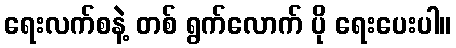
ရေးလက်စနဲ့ တစ် ရွက်လောက် ပို ရေးပေးပါ။